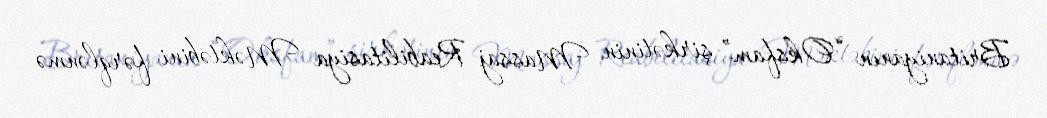
Britaniyanın “Oksfam” şirkətinin Massaj Reabilitasiya Məktəbini fərqlənmə